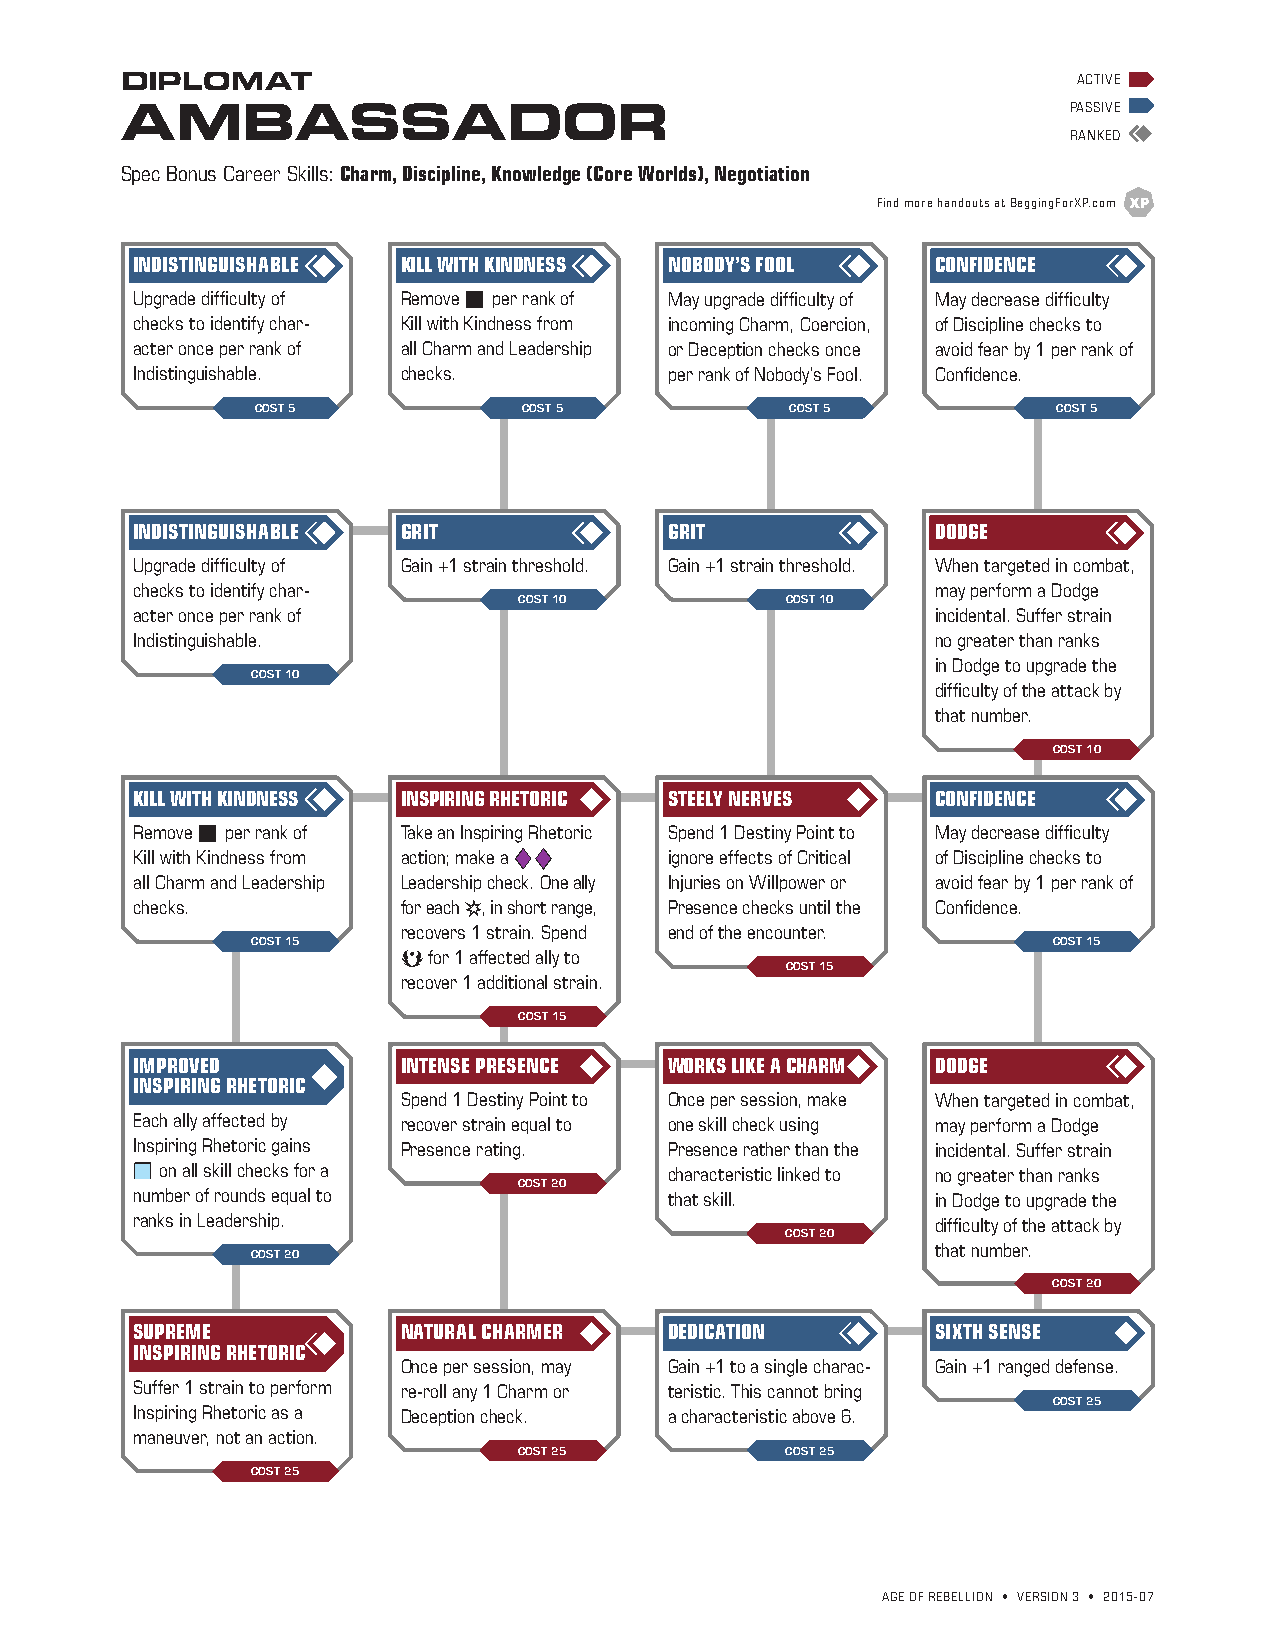
DIPLOMAT                                                       ACTIVE
 AMBASSADOR                                                     PASSIVE
 RANKED
 Spec Bonus Career Skills: Charm, Discipline, Knowledge (Core Worlds), Negotiation
 Find more handouts at BeggingForXP.com
 INDISTINGUISHABLE KILL WITH KINDNESS NOBODY’S FOOL   CONFIDENCE
 Upgrade difficulty of Remove b per rank of May upgrade difficulty of May decrease difficulty
 checks to identify char- Kill with Kindness from incoming Charm, Coercion, of Discipline checks to
 acter once per rank of all Charm and Leadership or Deception checks once avoid fear by 1 per rank of
 Indistinguishable. checks.         per rank of Nobody’s Fool. Confidence.
 COST 5            COST 5           COST 5            COST 5
 INDISTINGUISHABLE GRIT             GRIT              DODGE
 Upgrade difficulty of Gain +1 strain threshold. Gain +1 strain threshold. When targeted in combat,
 checks to identify char-                             may perform a Dodge
 COST 10           COST 10
 acter once per rank of                               incidental. Suffer strain
 Indistinguishable.                                   no greater than ranks
 in Dodge to upgrade the
 COST 10
 difficulty of the attack by
 that number.
 COST 10
 KILL WITH KINDNESS INSPIRING RHETORIC STEELY NERVES  CONFIDENCE
 Remove b per rank of Take an Inspiring Rhetoric Spend 1 Destiny Point to May decrease difficulty
 Kill with Kindness from action; make a dd ignore effects of Critical of Discipline checks to
 all Charm and Leadership Leadership check. One ally Injuries on Willpower or avoid fear by 1 per rank of
 checks.           for each s, in short range, Presence checks until the Confidence.
 recovers 1 strain. Spend end of the encounter.
 COST 15                                              COST 15
 a for 1 affected ally to
 COST 15
 recover 1 additional strain.
 COST 15
 IMPROVED          INTENSE PRESENCE WORKS LIKE A CHARM DODGE
 INSPIRING RHETORIC
 Spend 1 Destiny Point to Once per session, make When targeted in combat,
 Each ally affected by recover strain equal to one skill check using may perform a Dodge
 Inspiring Rhetoric gains Presence rating. Presence rather than the incidental. Suffer strain
 b on all skill checks for a        characteristic linked to no greater than ranks
 COST 20
 number of rounds equal to          that skill.       in Dodge to upgrade the
 ranks in Leadership.                                 difficulty of the attack by
 COST 20
 that number.
 COST 20
 COST 20
 SUPREME           NATURAL CHARMER  DEDICATION        SIXTH SENSE
 INSPIRING RHETORIC
 Once per session, may Gain +1 to a single charac- Gain +1 ranged defense.
 Suffer 1 strain to perform re-roll any 1 Charm or teristic. This cannot bring
 COST 25
 Inspiring Rhetoric as a Deception check. a characteristic above 6.
 maneuver, not an action.
 COST 25           COST 25
 COST 25
 AGE OF REBELLION • VERSION 3 • 2015-07